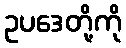
ဥပဒေတို့ကို